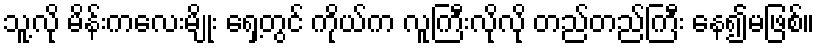
သူ့လို မိန်းကလေးမျိုး ရှေ့တွင် ကိုယ်က လူကြီးလိုလို တည်တည်ကြီး နေ၍မဖြစ်။